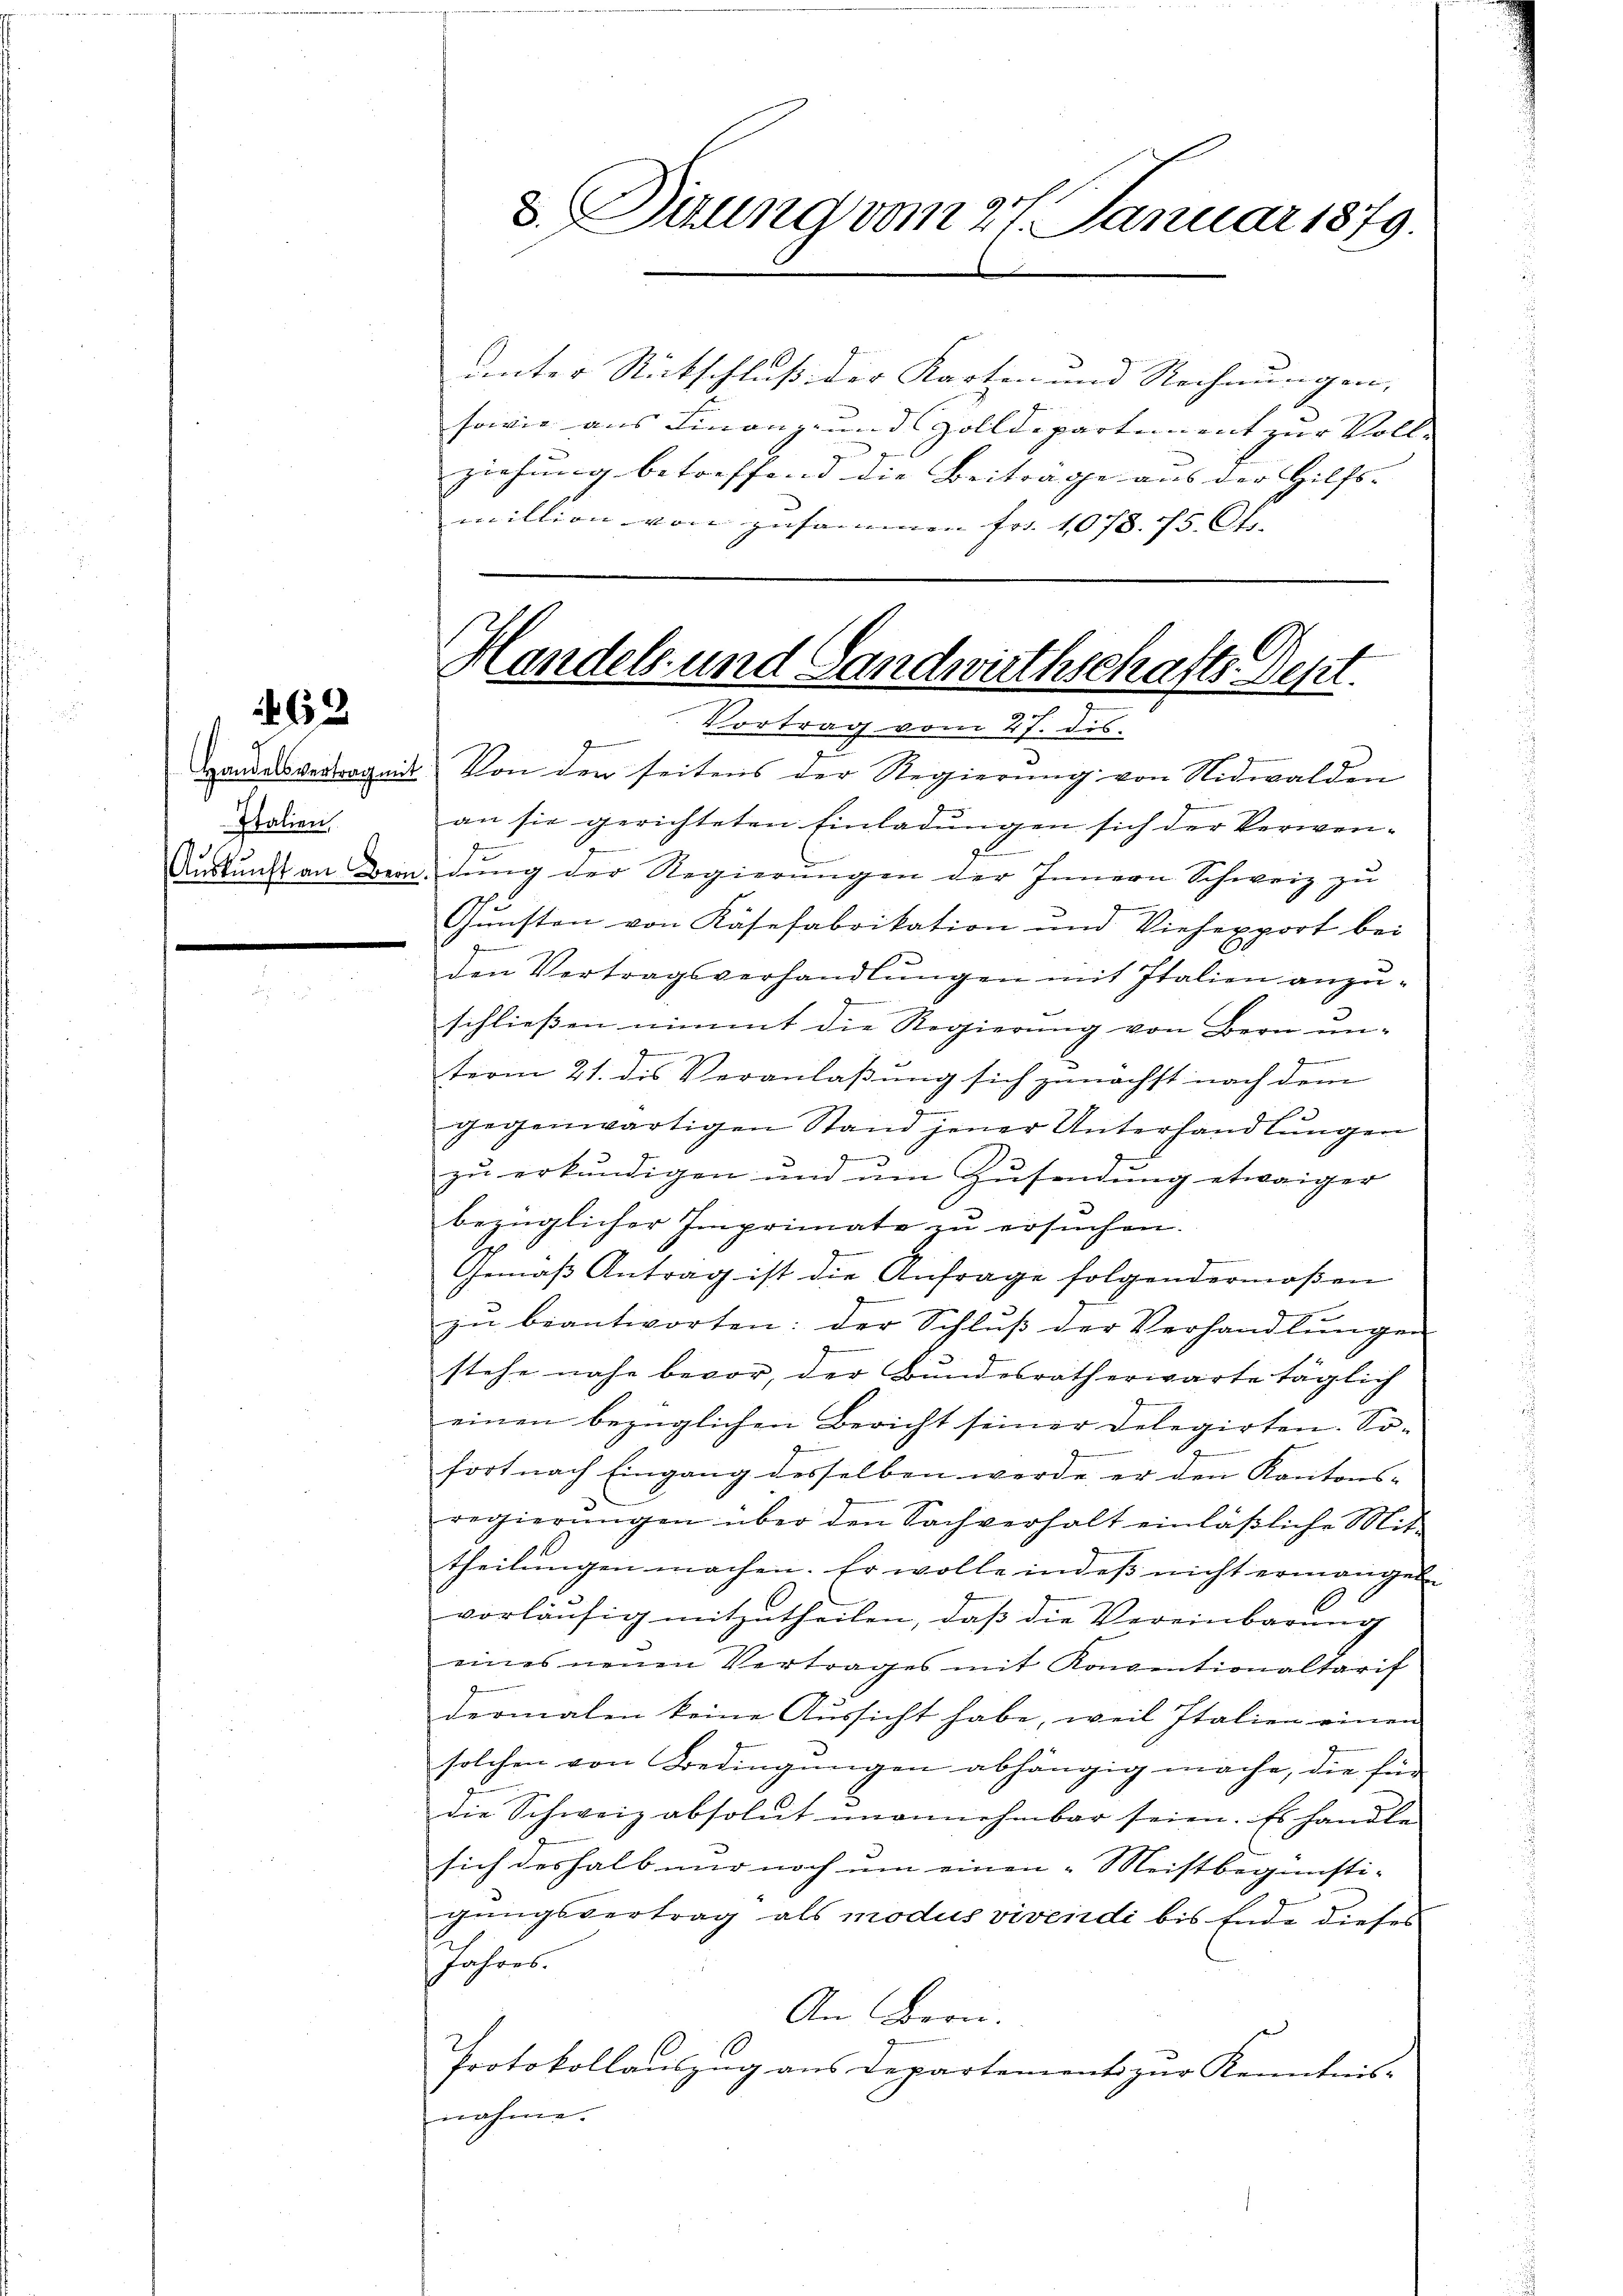
Handelsvertrag mit
Italien
Auskunft an Bern

462

8. Ouung vom 27. Januar 1879.

Handels- und Landwirthschafts-Dept.
 Vortrag vom 27. dis.

unter Ritschluß der Karten und Rechnungen, |
sowie aus Finanz- und Zolldepartement zur Voll- |
ziehung betreffend die Beitrage aus der Hilfs- |
miltion von zusammen fr. 1078. 75. 6 f.
Von der seitens der Regierung von Nidwalden
an sie gerichteten Einladungen sich der Verwen-
J
dŭng der Regierŭngen der Innern Schweiz zu
Gunsten von Käsefabrikation und Viehexport bei
¬
den Vertragsverhandlungen mit Italien anzu¬
.
schließen nimmt die Regierung von Bern un-
term 21. des Veranlaßung sich zunächst nach dem
.
gegenwärtigen Stand jener Unterhandlungen
9
zu erkundigen und um Zusendung etwaiger
bezüglicher Imprimate zu ersuchen.
Gemäβ Antrag ist die Anfrage folgendermaßen
zu beantworten: der Schluß der Verhandlungen
14
stehe nahe bevor, der Bundesrath erwarte täglich
einen bezüglichen Bericht seiner Delegirten. So-
fort nach Eingang desselben werde er den Kantons-
regierŭngen über den Sachverhalt einläβliche Mit-
theilungen machen. Er wolle indeß nicht ermangel
vorläŭfig mitzutheilen, daß die Vereinbarung
eines neuen Vertrages mit Konventionaltarit
dermalen keine Aussicht habe, weil Italien einen
solchen von Bedingungen abhängig mache, die für
die Schweiz absolut unannehmbar seien. Es handle
sich deshalb nur noch um einen „Meistbegünsti-
gungsvertrag als modus vivendi bis Ende dieses
Jahres.
An Bern.
Protokollauszug aus Departement zur Kenntnis-
nahme.